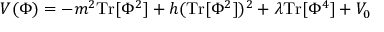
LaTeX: V ( \Phi ) = - m ^ { 2 } \mathrm { T r } [ \Phi ^ { 2 } ] + h ( \mathrm { T r } [ \Phi ^ { 2 } ] ) ^ { 2 } + \lambda \mathrm { T r } [ \Phi ^ { 4 } ] + V _ { 0 }